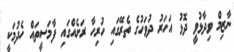
ނާޒިމް ވިދާޅުވީ ދޮޅު އަހަރު ދުވަހުގެ ތެރޭގައި ހުރިހާ ރަށެއްގައި ފާމަސީތައް ހެދުމަކީ